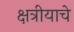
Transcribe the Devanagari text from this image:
क्षत्रीयाचे